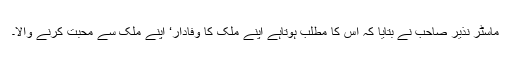
ماسٹر نذیر صاحب نے بتایا کہ اس کا مطلب ہوتاہے اپنے ملک کا وفادار‘ اپنے ملک سے محبت کرنے والا۔